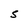
Character: S